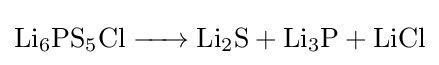
{\ce {Li6PS5Cl -> Li2S +Li3P + LiCl}}